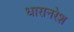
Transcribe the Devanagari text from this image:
धारानरेश